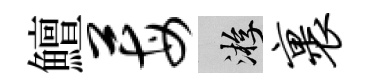
鱣莓游裹